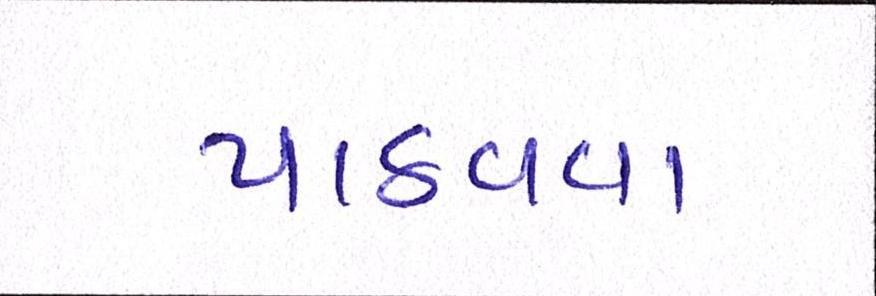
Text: પાઠવવા